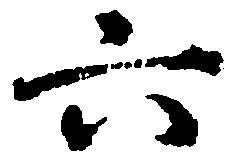
六